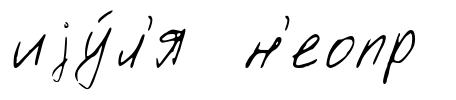
иjу́л'я н'еопр